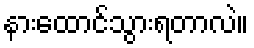
နားထောင်သွားရတာလဲ။